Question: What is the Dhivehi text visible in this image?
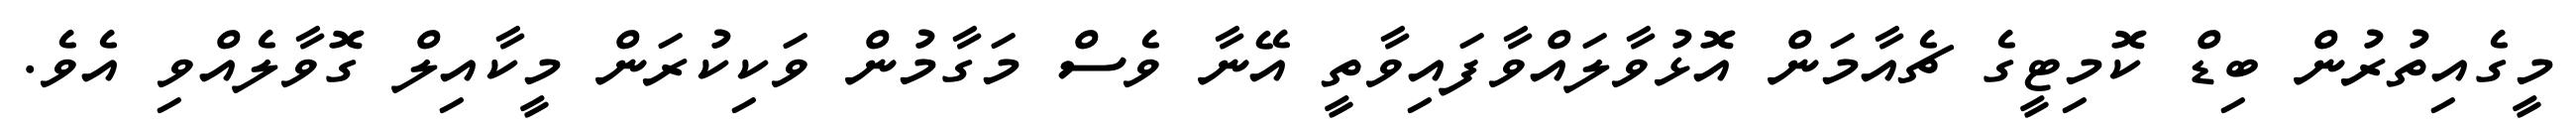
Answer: މީގެއިތުރުން ބިޑް ކޮމިޓީގެ ޗެއާމަން އޮޅުވާލައްވާފައިވާތީ އޭނާ ވެސް މަގާމުން ވަކިކުރަން މީކާއިލް ގޮވާލެއްވި އެވެ.